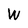
Character: W